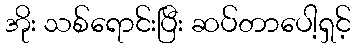
အိုး သစ်ရောင်းပြီး ဆပ်တာပေါ့ရှင့်